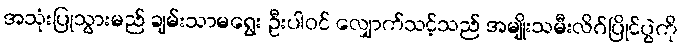
အသုံးပြုသွားမည် ချမ်းသာမရွေး ဦးပါဝင် လျှောက်သင့်သည် အမျိုးသမီးလိဂ်ပြိုင်ပွဲကို